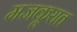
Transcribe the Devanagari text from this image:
मजकूरात